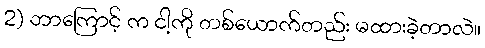
2) ဘာကြောင့် က ငါ့ကို တစ်ယောက်တည်း မထားခဲ့တာလဲ။